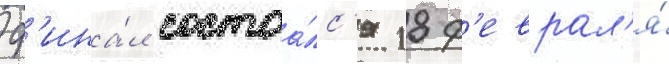
Ф'ина́л состоа́лс'я 18 ф'еврал'я́